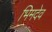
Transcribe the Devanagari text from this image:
भिमदेव